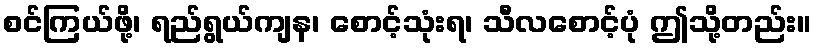
စင်ကြယ်ဖို့၊ ရည်ရွယ်ကျန၊ စောင့်သုံးရ၊ သီလစောင့်ပုံ ဤသို့တည်း။